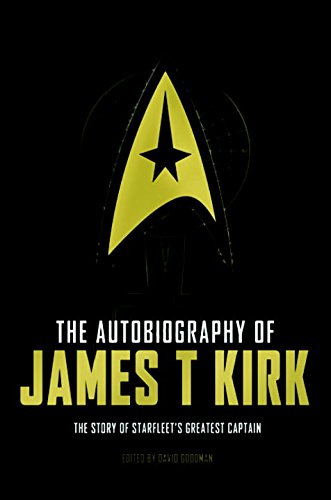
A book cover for The Autobiography of James T. Kirk; David A. Goodman; Humor & Entertainment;